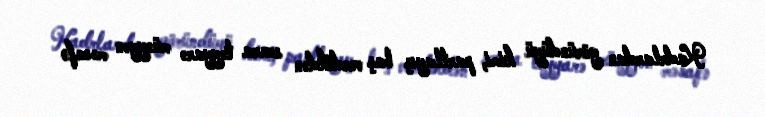
Kadrlardan göründüyü kimi, partlayış baş verdikdən sonra təyyarə müəyyən məsafə